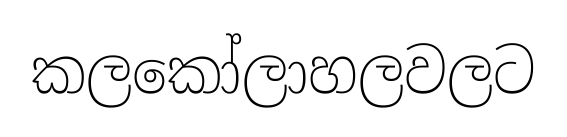
කලකෝලාහලවලට